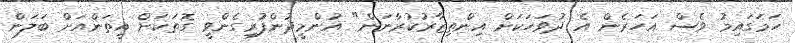
ހަމަގައިމު ވެސް އަހަރެން އެ ދުވަހަކަށް އިންތިޒާރުކުރާނަން" އުންމީދުންފުރިގެންވީ ގޮތަކަށް އީތަންއަށް ބަލަން